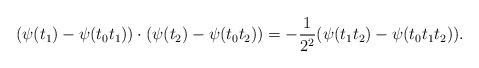
LaTeX: \begin{align*}(\psi(t_1) - \psi(t_0t_1)) \cdot (\psi(t_2) - \psi(t_0t_2)) = -\frac{1}{2^2}(\psi(t_1t_2) - \psi(t_0t_1t_2)). \end{align*}